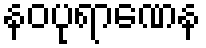
နဝပုရာဏေန